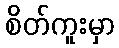
စိတ်ကူးမှာ